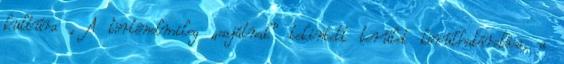
kultúra , A történelmileg „sajátnak” tekintett terület körülhatárolása, a